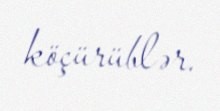
köçürüblər.